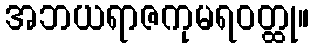
အဘယရာဇကုမရဝတ္ထု။